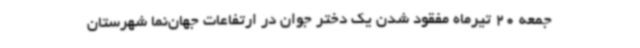
جمعه 20 تیرماه مفقود شدن یک دختر جوان در ارتفاعات جهان‌نما شهرستان